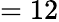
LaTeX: =12